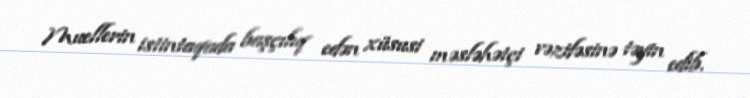
Muellerin istintaqada başçılıq edən xüsusi məsləhətçi vəzifəsinə təyin edib.